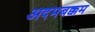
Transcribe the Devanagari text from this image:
अदमबक्कम